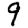
Digit: 9